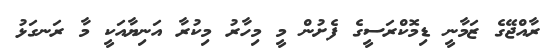
ރާއްޖޭގެ ޒަމާނީ ޑިމޮކްރަސީގެ ފެށުން މީ މިހާރު މިކުރާ އަނިޔާއަކީ މާ ރަނގަޅު